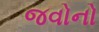
જવોનો